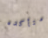
متأكده